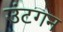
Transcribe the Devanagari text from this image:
उंटगन